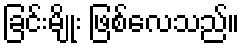
ခြင်းမျိုး ဖြစ်လေသည်။